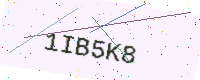
Text: 1IB5K8